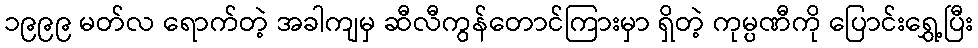
၁၉၉၉ မတ်လ ရောက်တဲ့ အခါကျမှ ဆီလီကွန်တောင်ကြားမှာ ရှိတဲ့ ကုမ္ပဏီကို ပြောင်းရွှေ့ပြီး